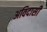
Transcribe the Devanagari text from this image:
अविदासी